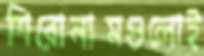
শিরোনামগুলোই